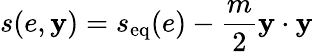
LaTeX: s(e,\mathbf y)=s_{\textrm{eq}}(e)-\frac{m}{2}\mathbf y\cdot\mathbf y